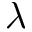
\lambda